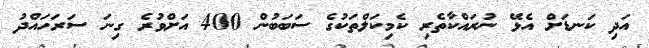
އަދި ކަނޑަށް އެޅޭ ނުރައްކާތެރި ކެމިކަލްތަކުގެ ސަބަބުން 400 އަށްވުރެ ގިނަ ސަރަހައްދު